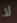
لا